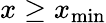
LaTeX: x\geq x_{\operatorname*{min}}